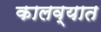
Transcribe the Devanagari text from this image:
कालव्यात